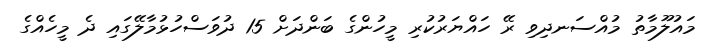
މައުލޫމާތު މުއްސަނދިވި ރޭ ހައްޔަރުކުރި މީހުންގެ ބަންދަށް 15 ދުވަސްހުޅުމާލޭގައި ދެ މީހެއްގެ